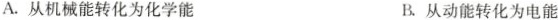
A. 从机械能转化为化学能